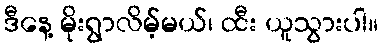
ဒီနေ့ မိုးရွာလိမ့်မယ်၊ ထီး ယူသွားပါ။